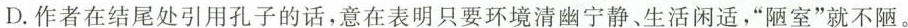
D.作者在结尾处引用孔子的话，意在表明只要环境清幽宁静。生活闲适，”陋室”就不陋。